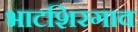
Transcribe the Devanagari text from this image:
भाटशिरगाव